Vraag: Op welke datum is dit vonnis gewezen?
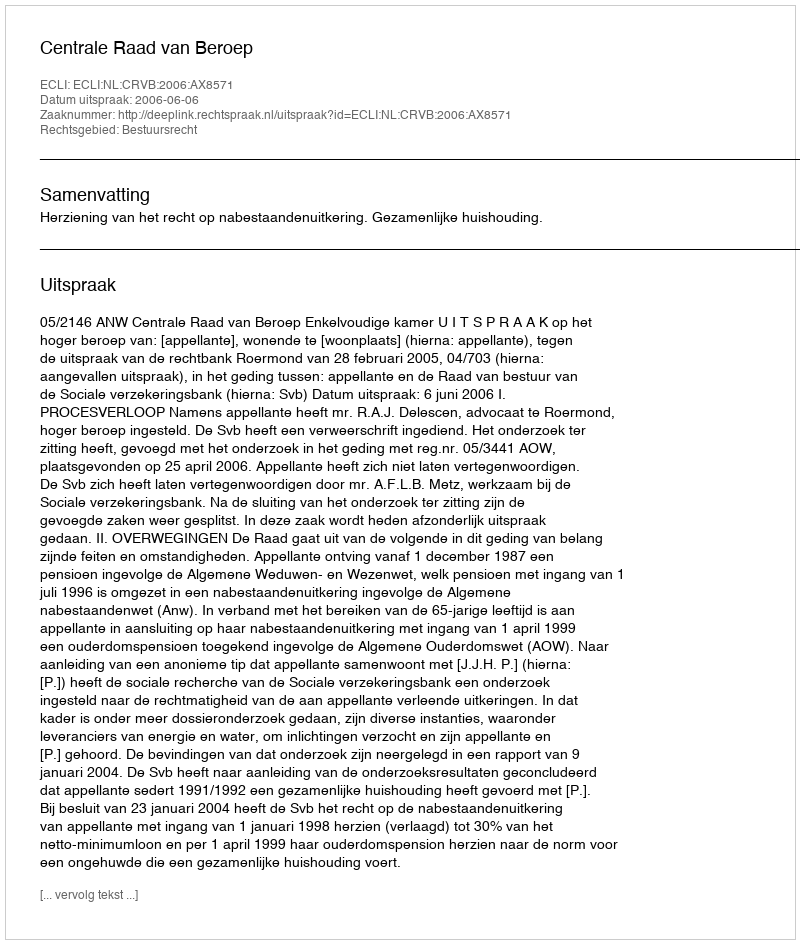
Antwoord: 2006-06-06